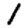
Digit: 1